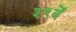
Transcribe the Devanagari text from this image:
३९वें